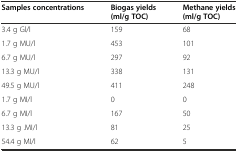
| Samples concentrations | Biogas yields (ml/g TOC) | Methane yields (ml/g TOC) |
 | --- | --- | --- |
 | 3.4 g Gl/l | 159 | 68 |
 | 1.7 g MU/l | 453 | 101 |
 | 6.7 g MU/l | 297 | 92 |
 | 13.3 g MU/l | 338 | 131 |
 | 49.5 g MU/l | 411 | 248 |
 | 1.7 g MI/l | 0 | 0 |
 | 6.7 g MI/l | 167 | 50 |
 | 13.3 g .MI/l | 81 | 25 |
 | 54.4 g MI/l | 62 | 5 |